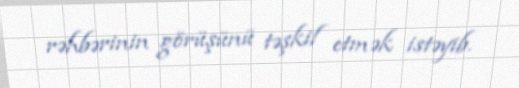
rəhbərinin görüşünü təşkil etmək istəyib.